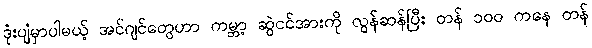
ဒုံးပျံမှာပါမယ့် အင်ဂျင်တွေဟာ ကမ္ဘာ့ ဆွဲငင်အားကို လွန်ဆန်ပြီး တန် ၁၀၀ ကနေ တန်